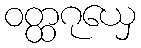
ဝတ္ထဂုယှေ